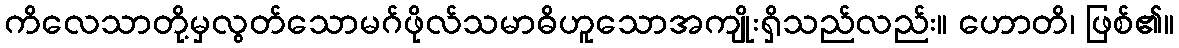
ကိလေသာတို့မှလွတ်သောမဂ်ဖိုလ်သမာဓိဟူသောအကျိုးရှိသည်လည်း။ ဟောတိ၊ ဖြစ်၏။